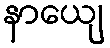
နာယျေ